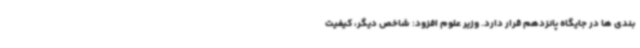
بندی ها در جایگاه پانزدهم قرار دارد. وزیر علوم افزود: شاخص دیگر، کیفیت